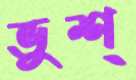
ভুশ্‌